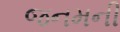
જનમની